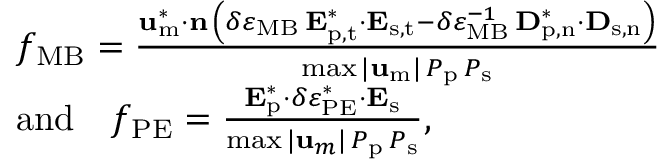
\begin{array} { r l } & { f _ { \mathrm { M B } } = \frac { \mathbf { u } _ { \mathrm { m } } ^ { * } \cdot \mathbf { n } \, \left( \delta \varepsilon _ { \mathrm { M B } } \, \mathbf { E } _ { \mathrm { p , t } } ^ { * } \cdot \mathbf { E } _ { \mathrm { s , t } } - \delta \varepsilon _ { \mathrm { M B } } ^ { - 1 } \, \mathbf { D } _ { \mathrm { p , n } } ^ { * } \cdot \mathbf { D } _ { \mathrm { s , n } } \right) } { \operatorname* { m a x } | \mathbf { u } _ { \mathrm { m } } | \, P _ { \mathrm { p } } \, P _ { \mathrm { s } } } } \\ & { \mathrm { a n d } \quad f _ { \mathrm { P E } } = \frac { \mathbf { E } _ { \mathrm { p } } ^ { * } \cdot \delta \varepsilon _ { \mathrm { P E } } ^ { * } \cdot \mathbf { E } _ { \mathrm { s } } } { \operatorname* { m a x } | \mathbf { u } _ { m } | \, P _ { \mathrm { p } } \, P _ { \mathrm { s } } } , } \end{array}